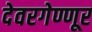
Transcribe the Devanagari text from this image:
देवरगेण्णूर